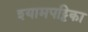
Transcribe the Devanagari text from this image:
श्यामपट्टिका